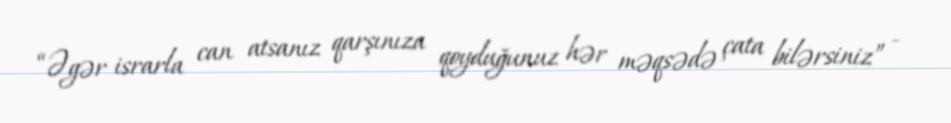
“Əgər israrla can atsanız qarşınıza qoyduğunuz hər məqsədə çata bilərsiniz” -